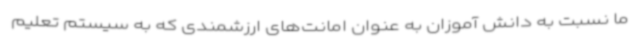
ما نسبت به دانش آموزان به عنوان امانت‌های ارزشمندی که به سیستم تعلیم